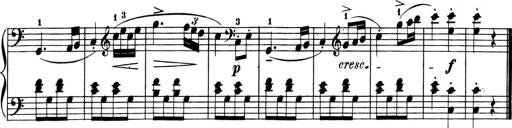
Title: 6 Piano Sonatinas
Composer: Cornelius Gurlitt